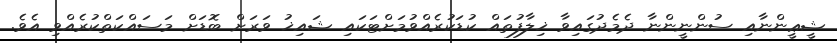
ޝީޢީންނާއި ސުންނީންނާ ދެމެދުގައިވާ ޚިލާފުތައް ކުޑަކުރެއްވުމަށްޓަކައި ޝައިޚު ވަރަށް ބޮޑަށް މަސައްކަތްކުރެއްވި އެވެ.